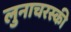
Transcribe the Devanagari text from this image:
लुनाचरस्की